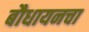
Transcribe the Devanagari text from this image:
बौधायनचा